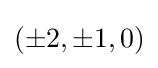
(\pm 2,\pm 1,0)